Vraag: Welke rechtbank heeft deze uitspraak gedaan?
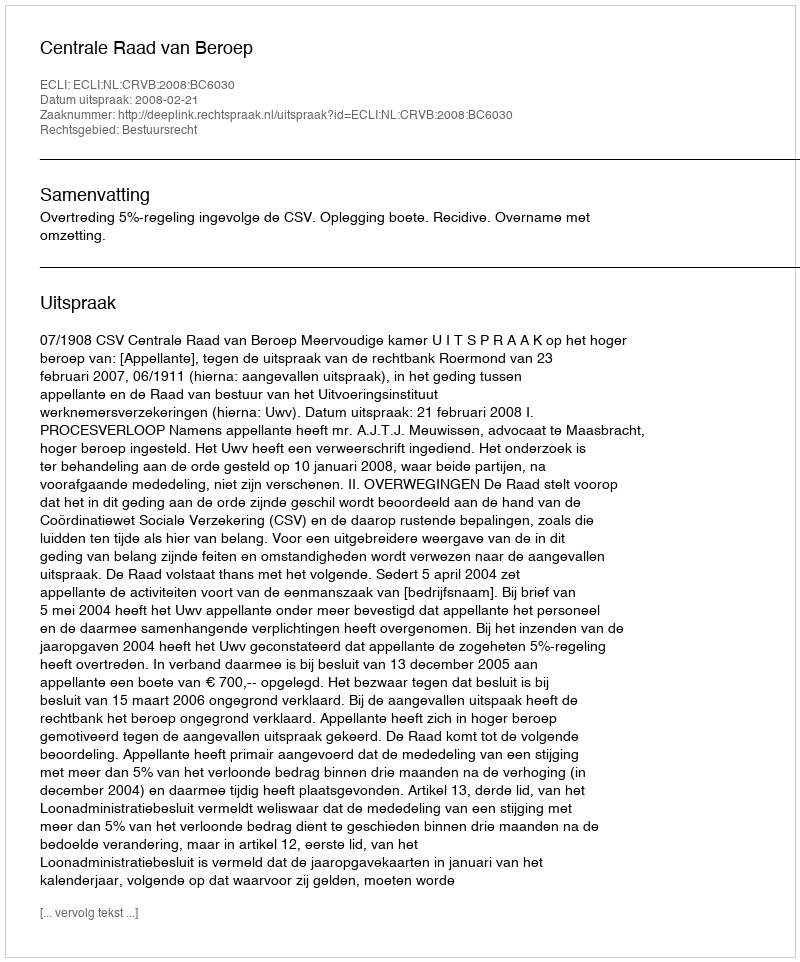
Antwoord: Centrale Raad van Beroep